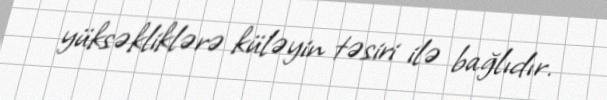
yüksəkliklərə küləyin təsiri ilə bağlıdır.